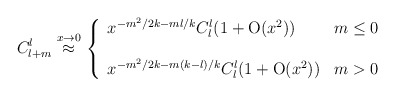
\begin{align*}C^{l}_{l+m}\stackrel{x \rightarrow 0}{\approx}\left\{ \begin{array}{lc}x^{-m^{2}/2k-ml/k}C^{l}_{l}(1+{\rm O}(x^{2}))&m \leq 0\\ \\x^{-m^{2}/2k-m(k-l)/k}C^{l}_{l}(1+{\rm O}(x^{2}))&m>0\end{array} \right.\end{align*}